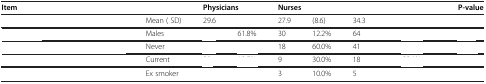
<table><thead><tr><td><b>Item</b></td><td>[EMPTY_CELL]</td><td colspan="2"><b>Physicians</b></td><td colspan="2"><b>Nurses</b></td><td colspan="2">[EMPTY_CELL]</td><td><b>P-value</b></td></tr></thead><tbody><tr><td>[EMPTY_CELL]</td><td>Mean ( SD)</td><td>29.6</td><td>[EMPTY_CELL]</td><td>27.9</td><td>(8.6)</td><td>34.3</td><td>[EMPTY_CELL]</td><td>[EMPTY_CELL]</td></tr><tr><td>[EMPTY_CELL]</td><td>Males</td><td>[EMPTY_CELL]</td><td>61.8%</td><td>30</td><td>12.2%</td><td>64</td><td>[EMPTY_CELL]</td><td>[EMPTY_CELL]</td></tr><tr><td>[EMPTY_CELL]</td><td>Never</td><td>[EMPTY_CELL]</td><td>[EMPTY_CELL]</td><td>18</td><td>60.0%</td><td>41</td><td>[EMPTY_CELL]</td><td>[EMPTY_CELL]</td></tr><tr><td>[EMPTY_CELL]</td><td>Current</td><td>[EMPTY_CELL]</td><td>[EMPTY_CELL]</td><td>9</td><td>30.0%</td><td>18</td><td>[EMPTY_CELL]</td><td>[EMPTY_CELL]</td></tr><tr><td>[EMPTY_CELL]</td><td>Ex smoker</td><td>[EMPTY_CELL]</td><td>[EMPTY_CELL]</td><td>3</td><td>10.0%</td><td>5</td><td>[EMPTY_CELL]</td><td>[EMPTY_CELL]</td></tr></tbody></table>